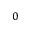
0